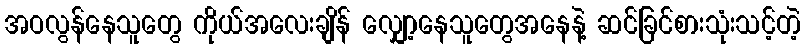
အဝလွန်နေသူတွေ ကိုယ်အလေးချိန် လျှော့နေသူတွေအနေနဲ့ ဆင်ခြင်စားသုံးသင့်တဲ့